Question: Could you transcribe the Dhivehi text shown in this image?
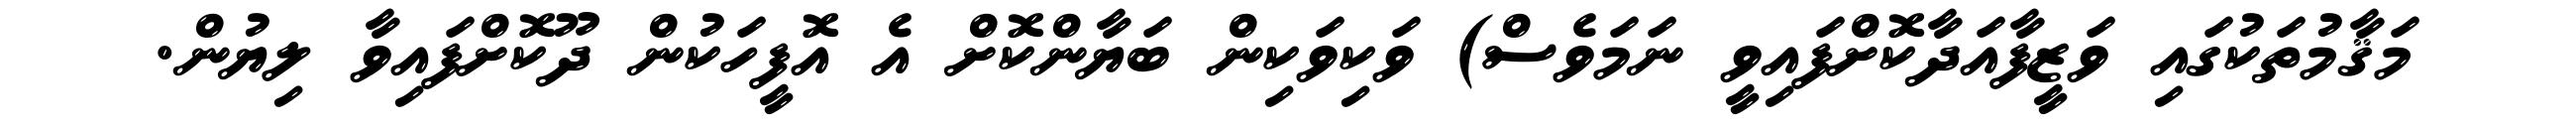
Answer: މަޤާމުތަކުގައި ވަޒީފާއަދާކޮށްފައިވީ ނަމަވެސް) ވަކިވަކިން ބަޔާންކޮށް އެ އޮފީހަކުން ދޫކޮށްފައިވާ ލިޔުން.